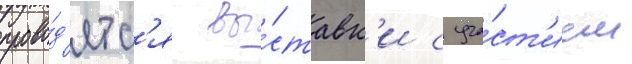
прово́д'ятс'я вы́ставк'и с уча́ст'ием